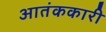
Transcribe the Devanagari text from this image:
आतंककारी